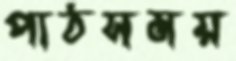
পাঠসময়